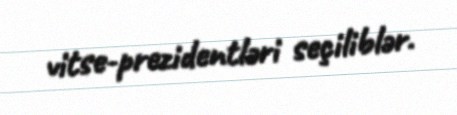
vitse-prezidentləri seçiliblər.